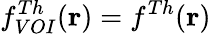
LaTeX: f_{VOI}^{Th}(\mathbf{r})=f^{Th}(\mathbf{r})